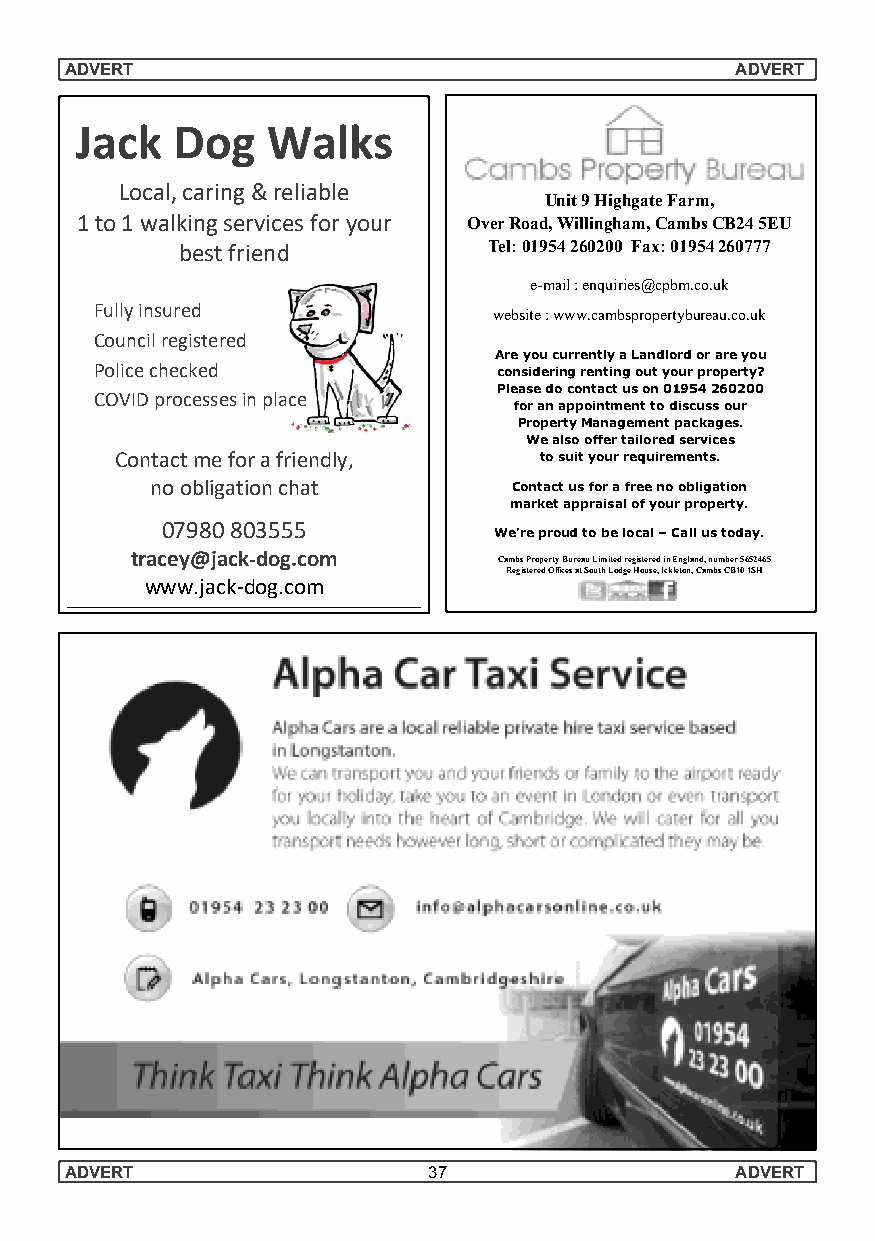
ADVERT                                       ADVERT
 Jack  Dog    Walks
 Local, caring & reliable
 Unit9HighgateFarm,
 1 to 1 walking services for your OverRoad,Willingham,CambsCB245EU
 best friend         Tel:01954260200 Fax:01954260777
 e-mail:enquiries@cpbm.co.uk
 Fully insured              website:www.cambspropertybureau.co.uk
 Council registered
 AreyoucurrentlyaLandlordorareyou
 Police checked             consideringrentingoutyourproperty?
 Pleasedocontactuson01954260200
 COVID processes in place
 foranappointmenttodiscussour
 PropertyManagementpackages.
 Wealsooffertailoredservices
 Contact me for a friendly,  tosuityourrequirements.
 no obligation chat      Contactusforafreenoobligation
 marketappraisalofyourproperty.
 07980 803555
 We’reproudtobelocal–Callustoday.
 tracey@jack-dog.com
 CambsPropertyBureauLimitedregisteredinEngland,number5652465
 RegisteredOfficesatSouthLodgeHouse,Ickleton,CambsCB101SH
 www.jack-dog.com
 ADVERT                  37                   ADVERT